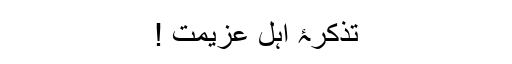
تذکرۂ اہلِ عزیمت !